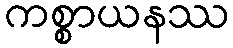
ကစ္စာယနဿ